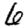
Digit: 6